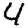
Digit: 4